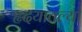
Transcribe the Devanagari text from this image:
हृदयातल्या